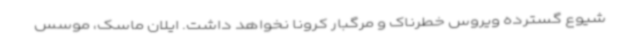
شیوع گسترده ویروس خطرناک و مرگبار کرونا نخواهد داشت. ایلان ماسک، موسس